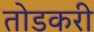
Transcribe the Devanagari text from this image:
तोडकरी